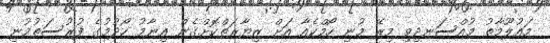
މައުލޫމާތު މުއްސަނދިވި މިރޭ މުނި ހޯމްކެއާ އަށް ޒިޔާރަތްކޮށްގެން އިނާމު ހޯދުމުގެ ފުރުސަތުމުނި